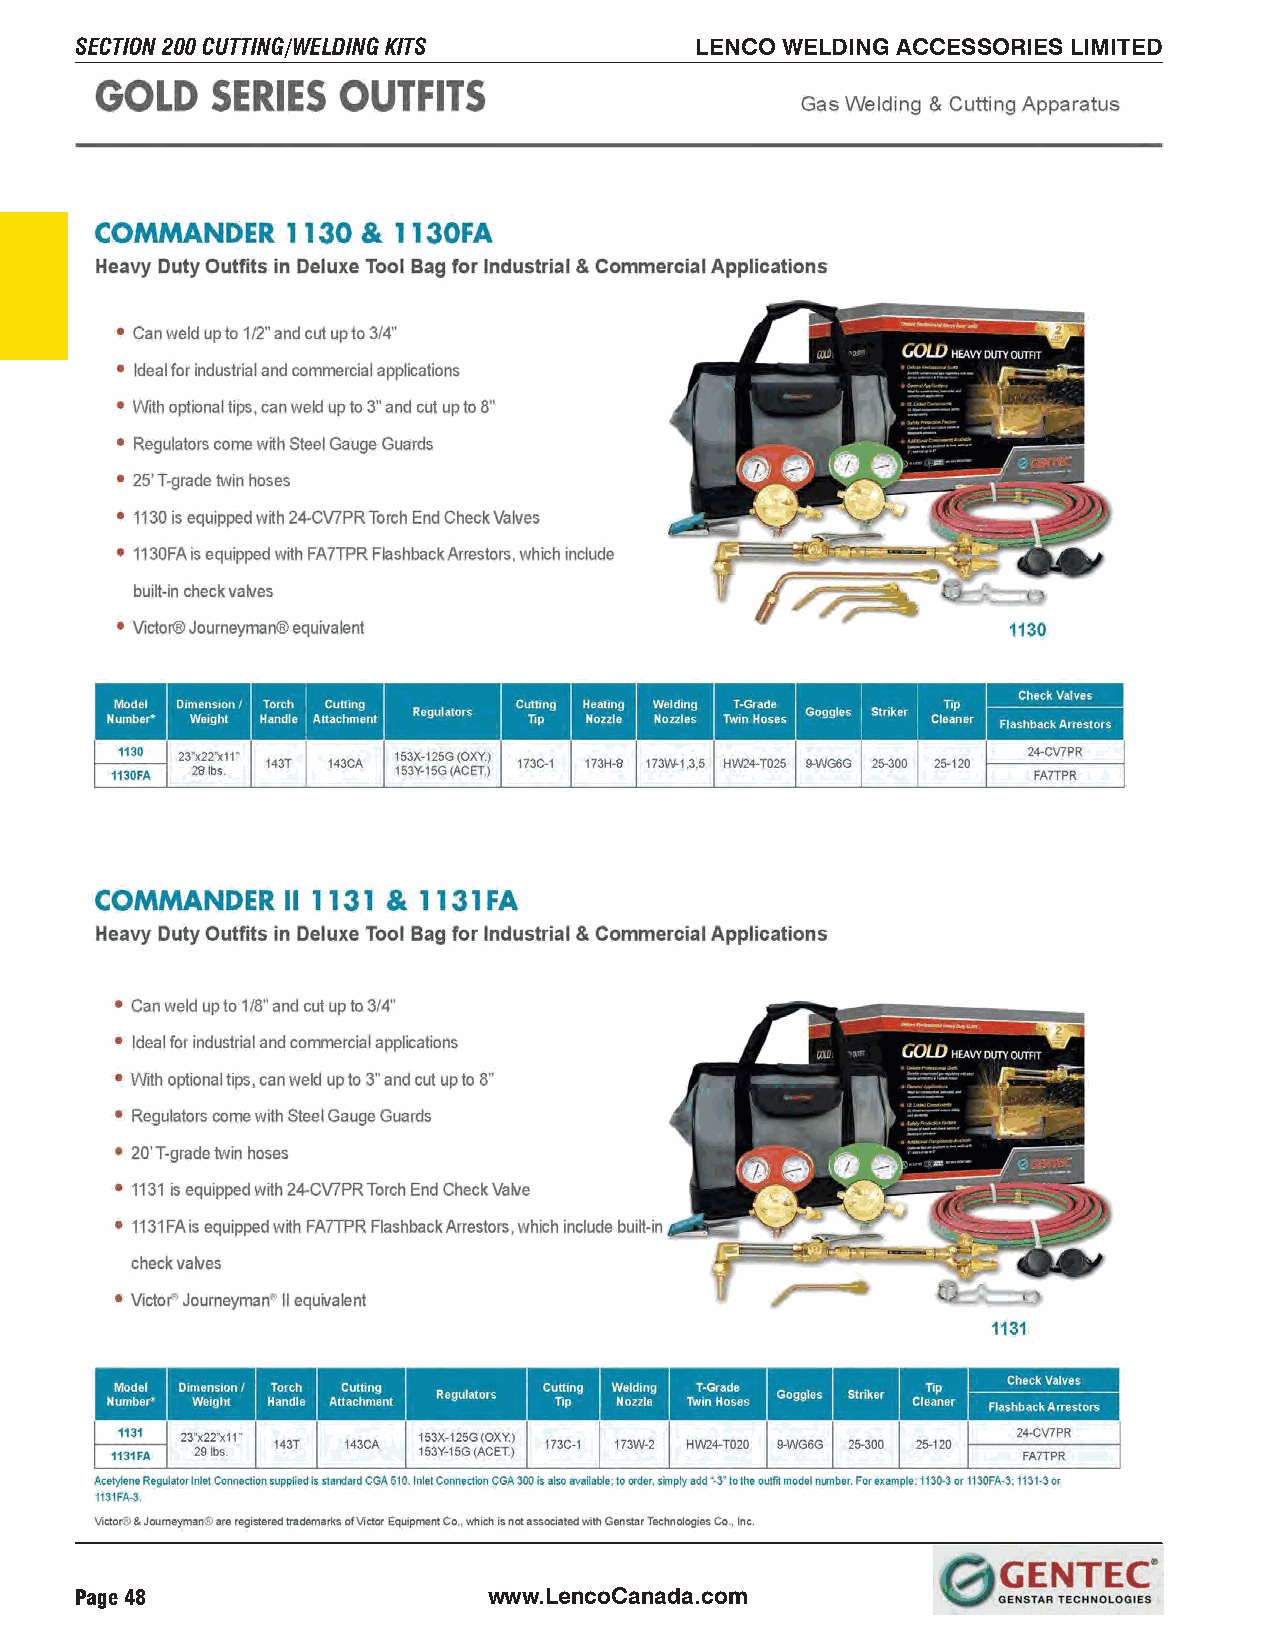
SECTION 200 CUTTING/WELDING KITS         LENCO WELDING ACCESSORIES LIMITED
 Page 48                    www.LencoCanada.com